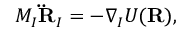
M _ { I } { \bf \ddot { R } } _ { I } = - \nabla _ { I } U ( { \bf R } ) ,